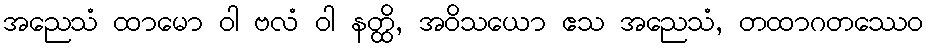
အညေသံ ထာမော ဝါ ဗလံ ဝါ နတ္ထိ, အဝိသယော ဧသ အညေသံ, တထာဂတဿေဝ